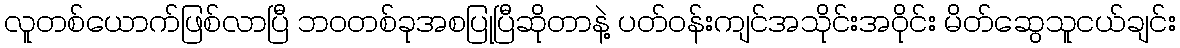
လူတစ်ယောက်ဖြစ်လာပြီ ဘဝတစ်ခုအစပြုပြီဆိုတာနဲ့ ပတ်ဝန်းကျင်အသိုင်းအဝိုင်း မိတ်ဆွေသူငယ်ချင်း